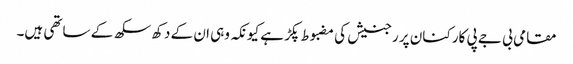
مقامی بی جے پی کارکنان پر رجنیش کی مضبوط پکڑ ہے کیونکہ وہی ان کے دکھ سکھ کے ساتھی ہیں۔